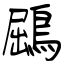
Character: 鶌